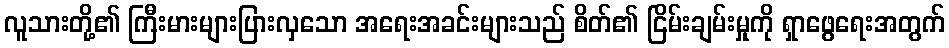
လူသားတို့၏ ကြီးမားများပြားလှသော အရေးအခင်းများသည် စိတ်၏ ငြိမ်းချမ်းမှုကို ရှာဖွေရေးအတွက်